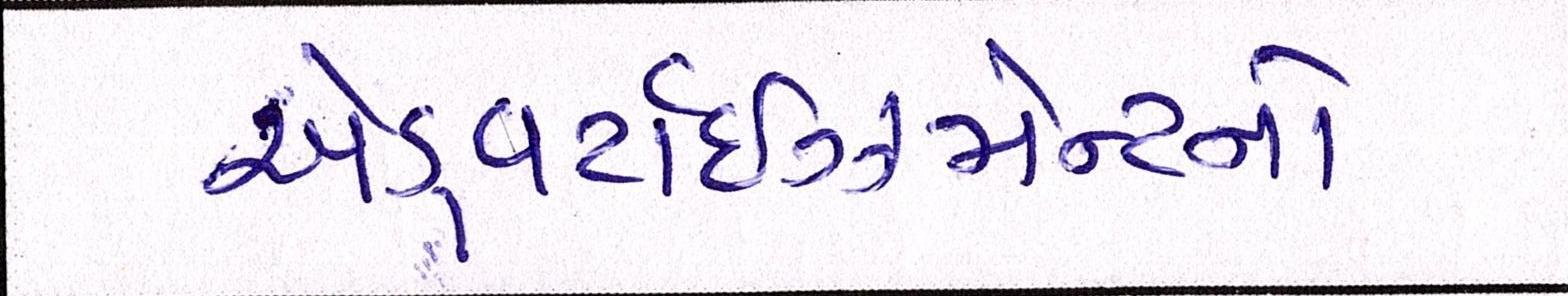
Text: એડ્વર્ટાઇઝમેન્ટનો